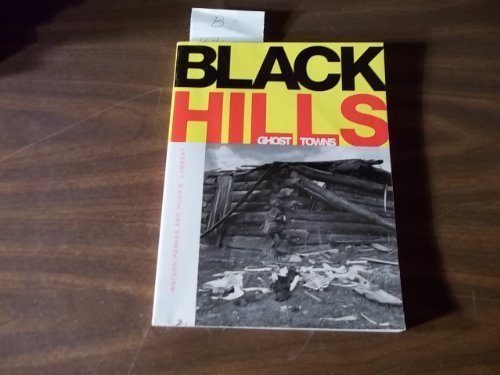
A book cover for Black Hills Ghost Towns; Watson Parker; Travel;